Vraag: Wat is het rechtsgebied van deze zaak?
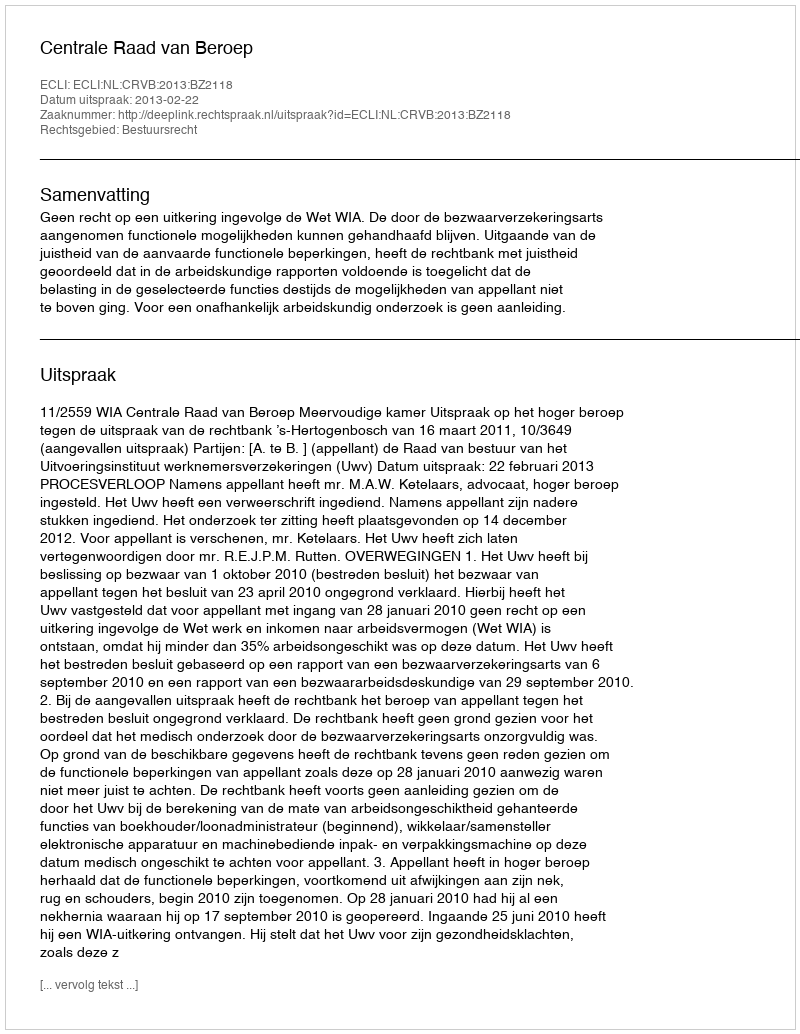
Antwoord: Bestuursrecht